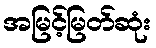
အမြင့်မြတ်ဆုံး